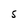
Character: S